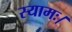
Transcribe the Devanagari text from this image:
स्यामः।